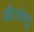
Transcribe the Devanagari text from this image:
औरकेतु